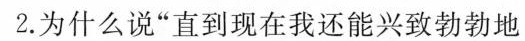
2.为什么说”直到现在我还能兴致勃勃地